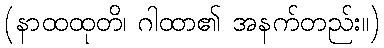
(နာထထုတိ၊ ဂါထာ၏ အနက်တည်း။)